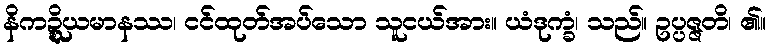
နိကဍ္ဍ္ဎိယမာနဿ၊ ငင်ထုတ်အပ်သော သူငယ်အား။ ယံဒုက္ခံ၊ သည်။ ဥပ္ပဇ္ဇတိ၊ ၏။